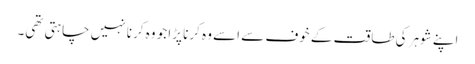
اپنے شوہر کی طاقت کے خوف سے اسے وہ کرنا پڑا جو وہ کرنا نہیں چاہتی تھی۔